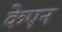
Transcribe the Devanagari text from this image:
केएन